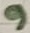
Text: 9